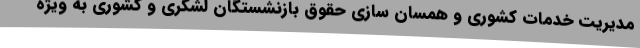
مدیریت خدمات کشوری و همسان سازی حقوق بازنشستگان لشگری و کشوری به ویژه